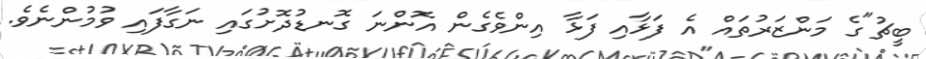
ބީޗު"ގެ މަންޒަރުތައް އެ ފަޅާއި ފަޅާ އިންވެގެން އޮންނަ ގޮނޑުދޮށުގައި ނަގާފައި ވުމުންނެވެ.